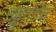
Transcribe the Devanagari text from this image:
उड्डाणेच